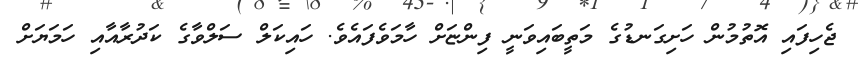
ޖެހިފައި އޮތުމުން ހަށިގަނޑުގެ މަތީބައިވަނީ ފިންޏަށް ހާމަވެފައެވެ. ހައިކަލް ސަލްވާގެ ކަދުރާއާއި ހަމަޔަށް